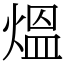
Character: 熅